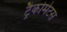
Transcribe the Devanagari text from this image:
ट्रैकोमेटस